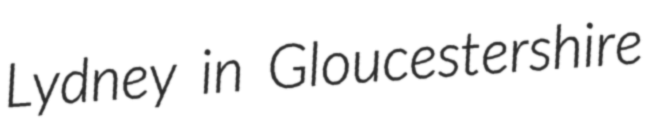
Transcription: Lydney in Gloucestershire